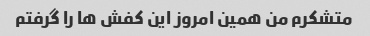
متشکرم من همین امروز این کفش ها را گرفتم